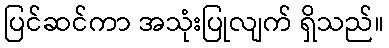
ပြင်ဆင်ကာ အသုံးပြုလျက် ရှိသည်။